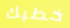
خطبك